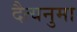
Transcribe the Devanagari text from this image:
दैत्यनुमा